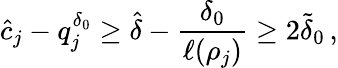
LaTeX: \hat{c}_{j}-q_{j}^{\delta_{0}}\geq\hat{\delta}-\frac{\delta_{0}}{\ell(\rho_{j})}\geq 2\tilde{\delta}_{0}\, ,